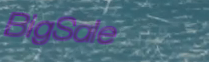
BigSale